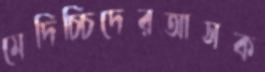
মেদিচ্চিদেরআসক